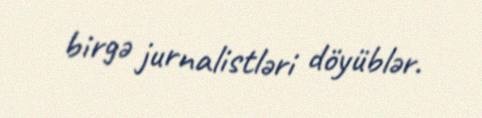
birgə jurnalistləri döyüblər.